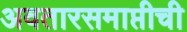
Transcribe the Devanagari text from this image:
अवतारसमाप्तीची